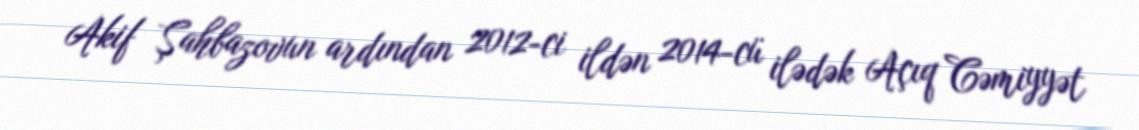
Akif Şahbazovun ardından 2012-ci ildən 2014-cü ilədək Açıq Cəmiyyət